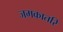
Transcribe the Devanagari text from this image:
जमकातरि